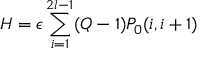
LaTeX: H = \epsilon \sum _ { i = 1 } ^ { 2 l - 1 } ( Q - 1 ) P _ { 0 } ( i , i + 1 )